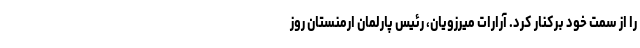
را از سمت خود برکنار کرد. آرارات میرزویان، رئیس پارلمان ارمنستان روز